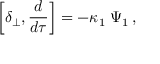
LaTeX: \left[ \delta _ { \perp } , { \frac { d } { d \tau } } \right] = - \kappa _ { 1 } \; \Psi _ { 1 } \, ,